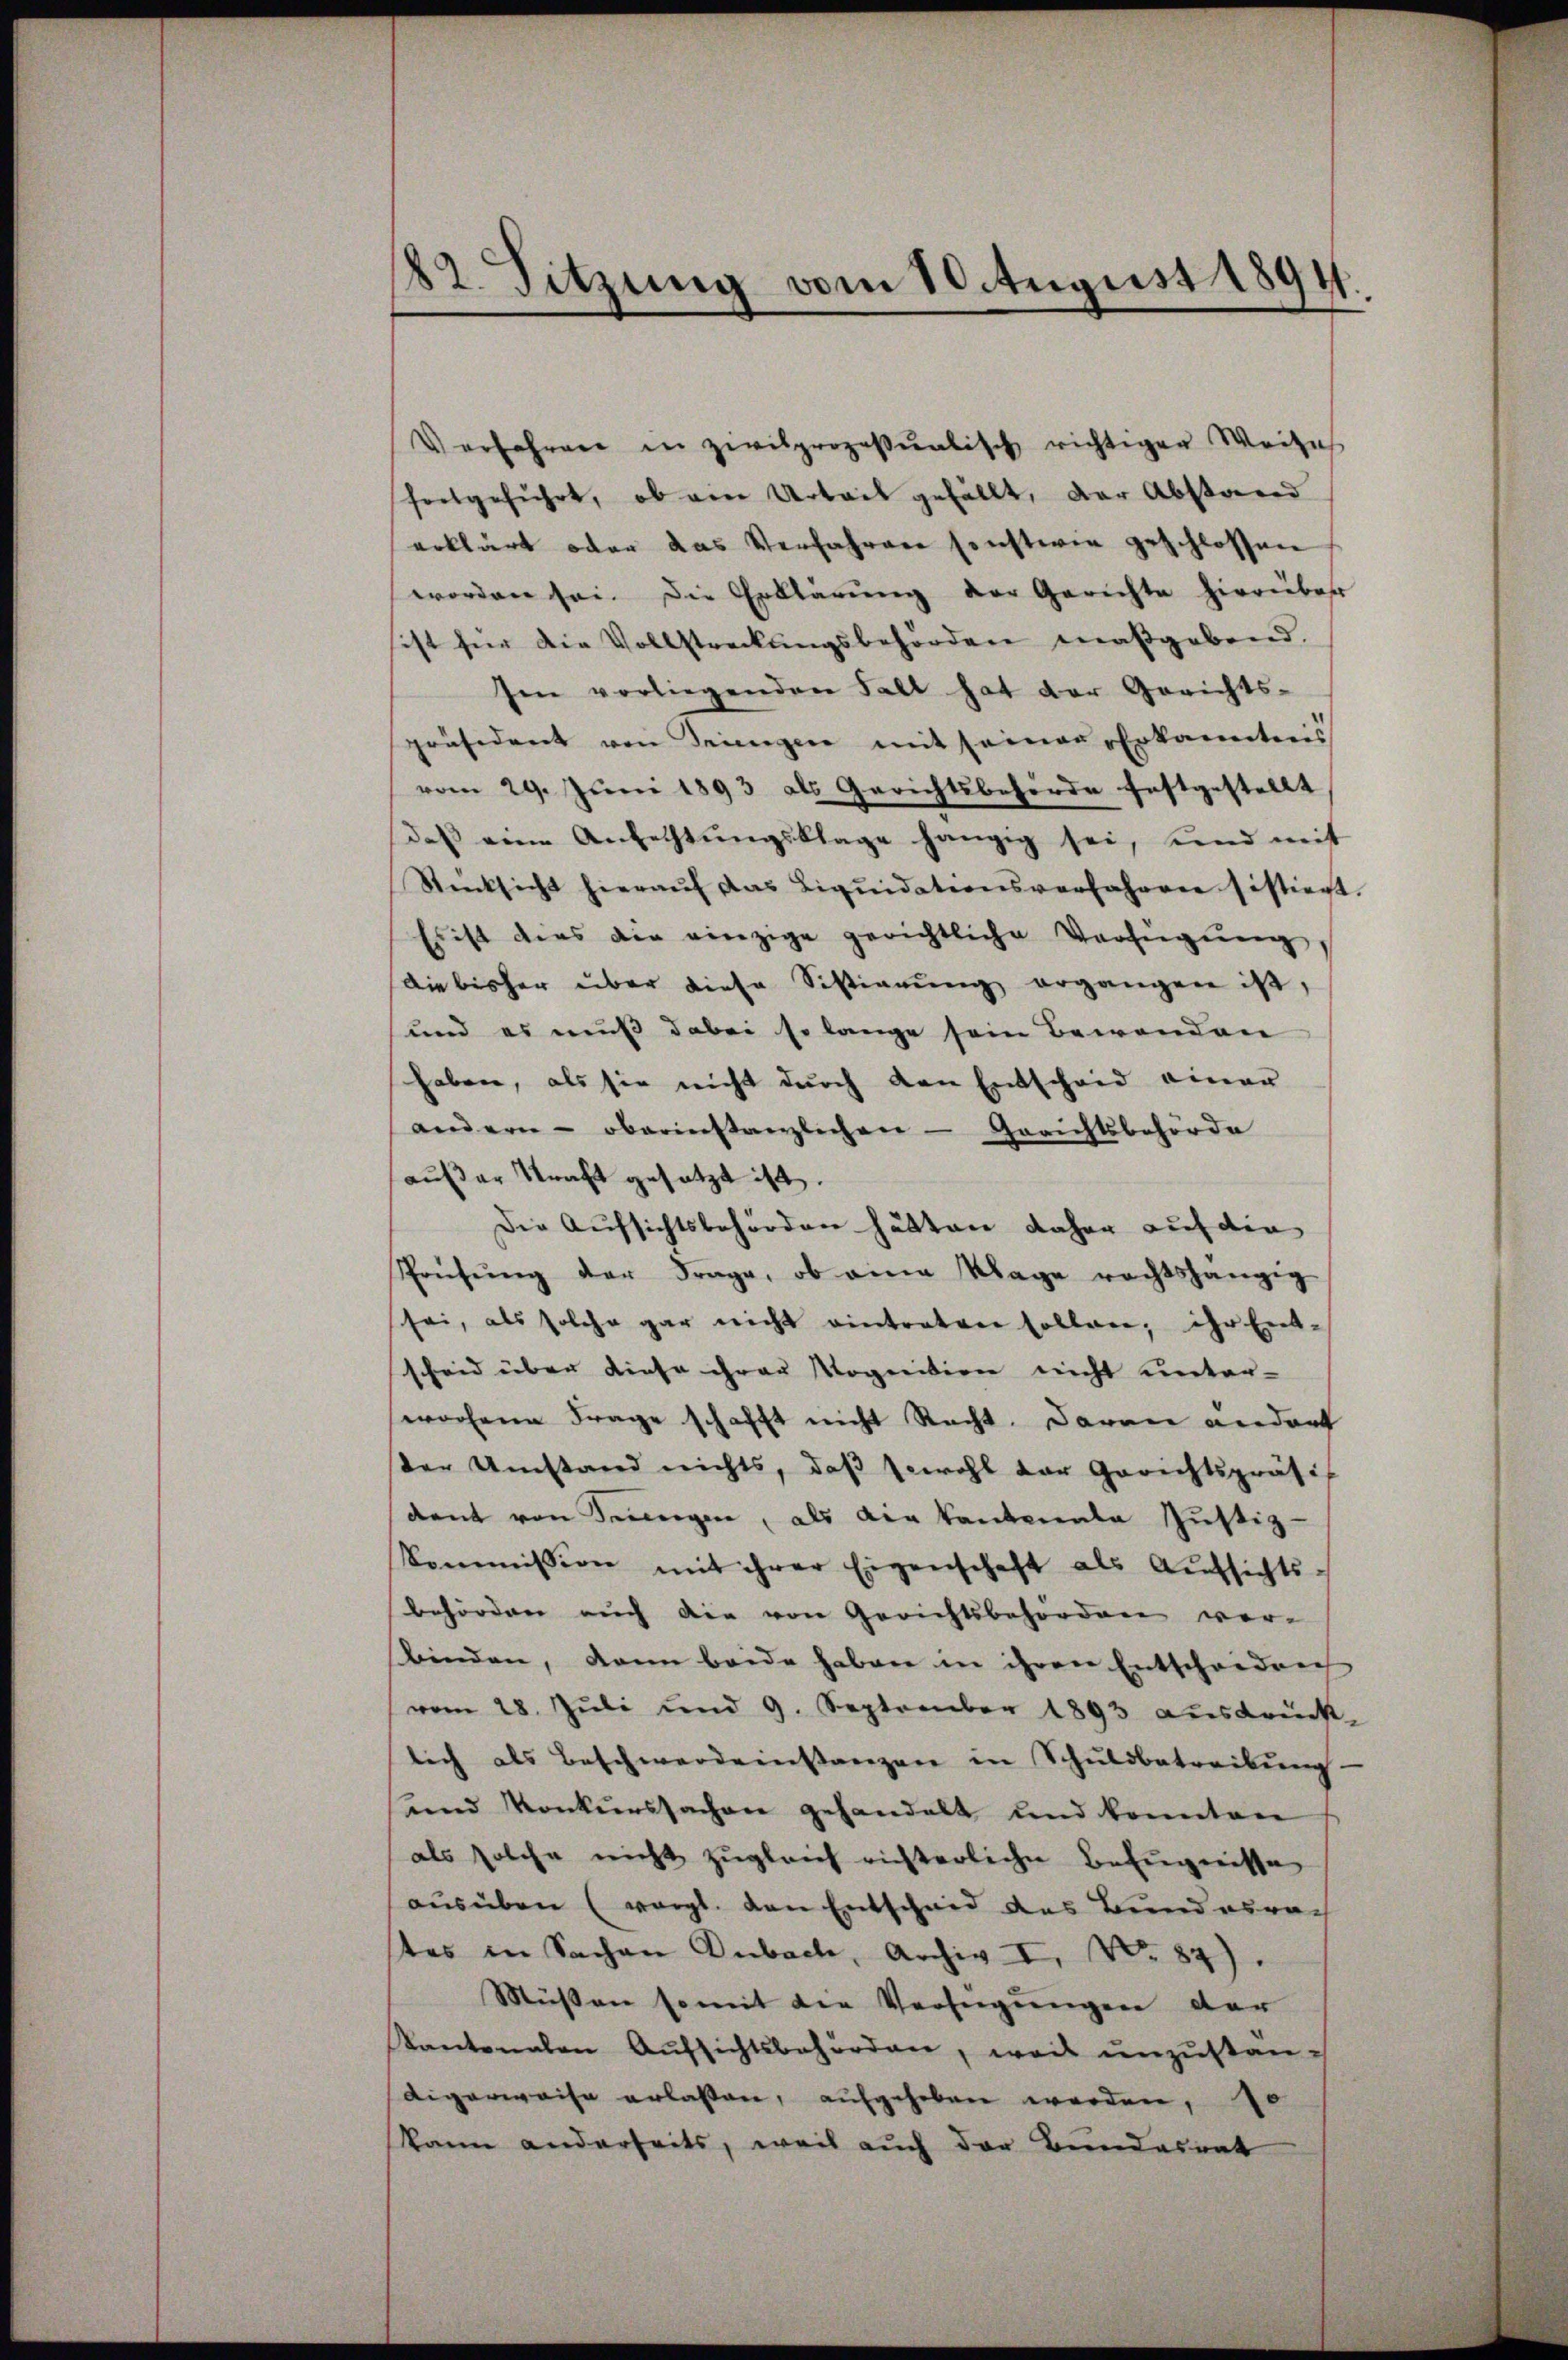
82. Sitzung vom 10. August 1894.

Verfahren in zivilprozessualisch richtiger Weises
fortgeführt, ob eine Urteil gefällt, der Abstand
erklärt oder das Verfahren sonstwie geschlossen
worden sei. Die Erklärŭng der Gerichte hierüber
sist für die Vollstreckungsbehörden maßgebend.
sen vorliegenden Fall hat der Gerichts-
präsident von Seiengen mit seiner Erkanntens
vom 29. Juni 1893 als Gerichtsbehörde festgestellt
daβ eine Anfechtŭngsklage hängig sei, send mit
Rücksicht hieraŭf das Liqŭidationsverfahren sistiert.
Es ist dies die einzige gerichtliche Verfügŭng
Die bisher über diese Sistiarŭng ergangen ist,
und es muß dabei so lange sein Bewenden
haben, als sie nicht durch den Entscheid einer
andern oberinstanzlichen - Gerichtsbehörde
außer Straft gesetzt ist.
Die Aufsichtsbehörden hätten daher auf die
Prüfŭng der Frage, ob eine Klage rechtshängig
sei, als solche gar nicht eintraten sollen, ihr Ent-
scheid über diese ihrer Vognition nicht unter-
worfene Frage schafft nicht Recht. Daran andert
ster Umstand nichts, daβ sowohl der Gerichtspräsi
dant von Seinigen, als die kantonale Justiz-
kommission mit ihrer Eigenschaft als Aŭfsichts-
behörden auch die von Gerichtsbehörden ver-
binden, dann beide haben in ihren Entscheiden
vom 28. Jŭli und 9. September 1893 aŭsdrück-
lich als Beschwerdeinstanzen in Schuldbetreibung
und Konkurssachen gehandelt und konnten
als solche nicht zugleich richterliche Befugnisse
aŭsüben (vorgt. von Entscheid des Bundesra
tes in Sachen Dubach, Archiv II, No 84)
Müssen somit die Verfügungen der
Kantonalen Aŭfsichtsbehörden, weil unzustan¬
Aigerweise erlaßen, aufgehoben werden, je
kann anderseits, weil auch der Bundesrat